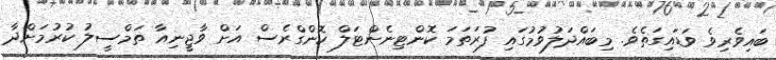
ބައިވެރިވެ ވަޑައިގަތެވެ. މިބައްދަލުވުމުގައި ފުރަތަމަ ކޮންޓިނެންޓަލް ކޮންގްރެސް އަށް ވާޖީނިއާ ތަމްސީލު ކުރުމަށްދާ